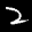
Label: 2